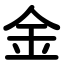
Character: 金